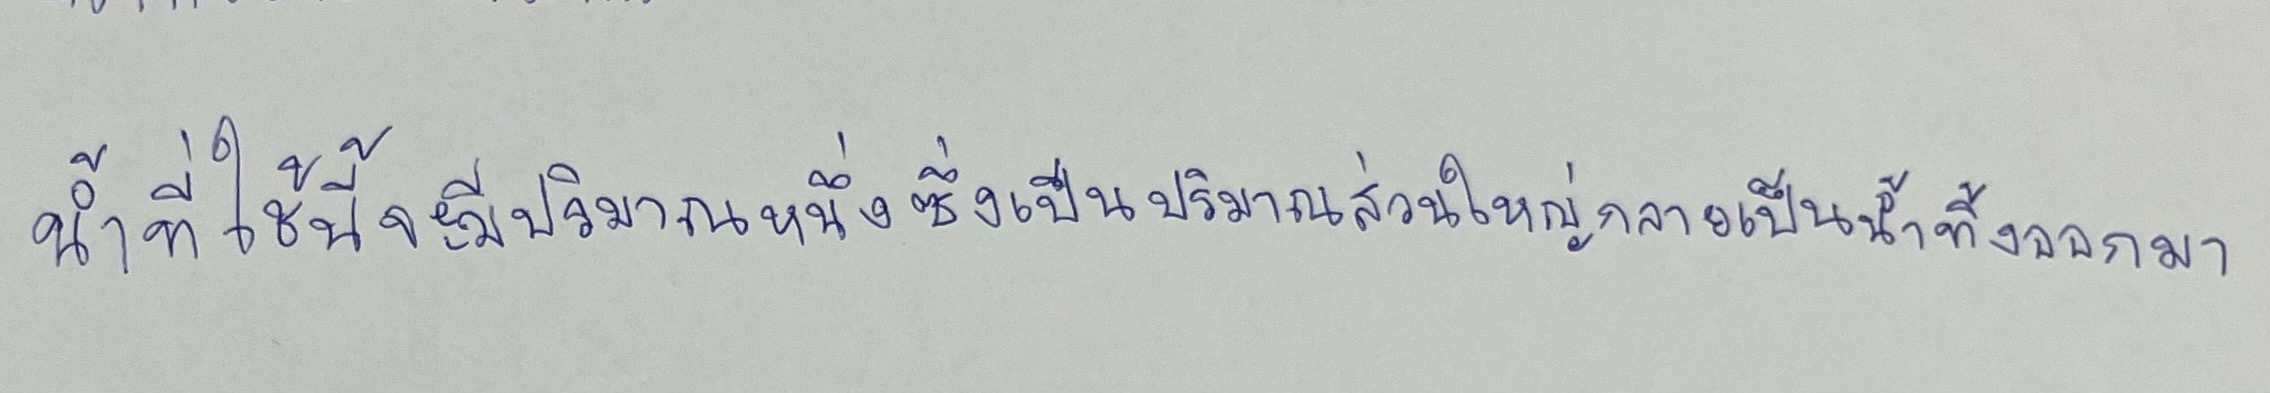
น้ำที่ใช้นี้จะมีปริมาณหนึ่งซึ่งเป็นปริมาณส่วนใหญ่กลายเป็นน้ำทิ้งออกมา